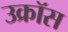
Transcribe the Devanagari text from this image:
उक्रॉस